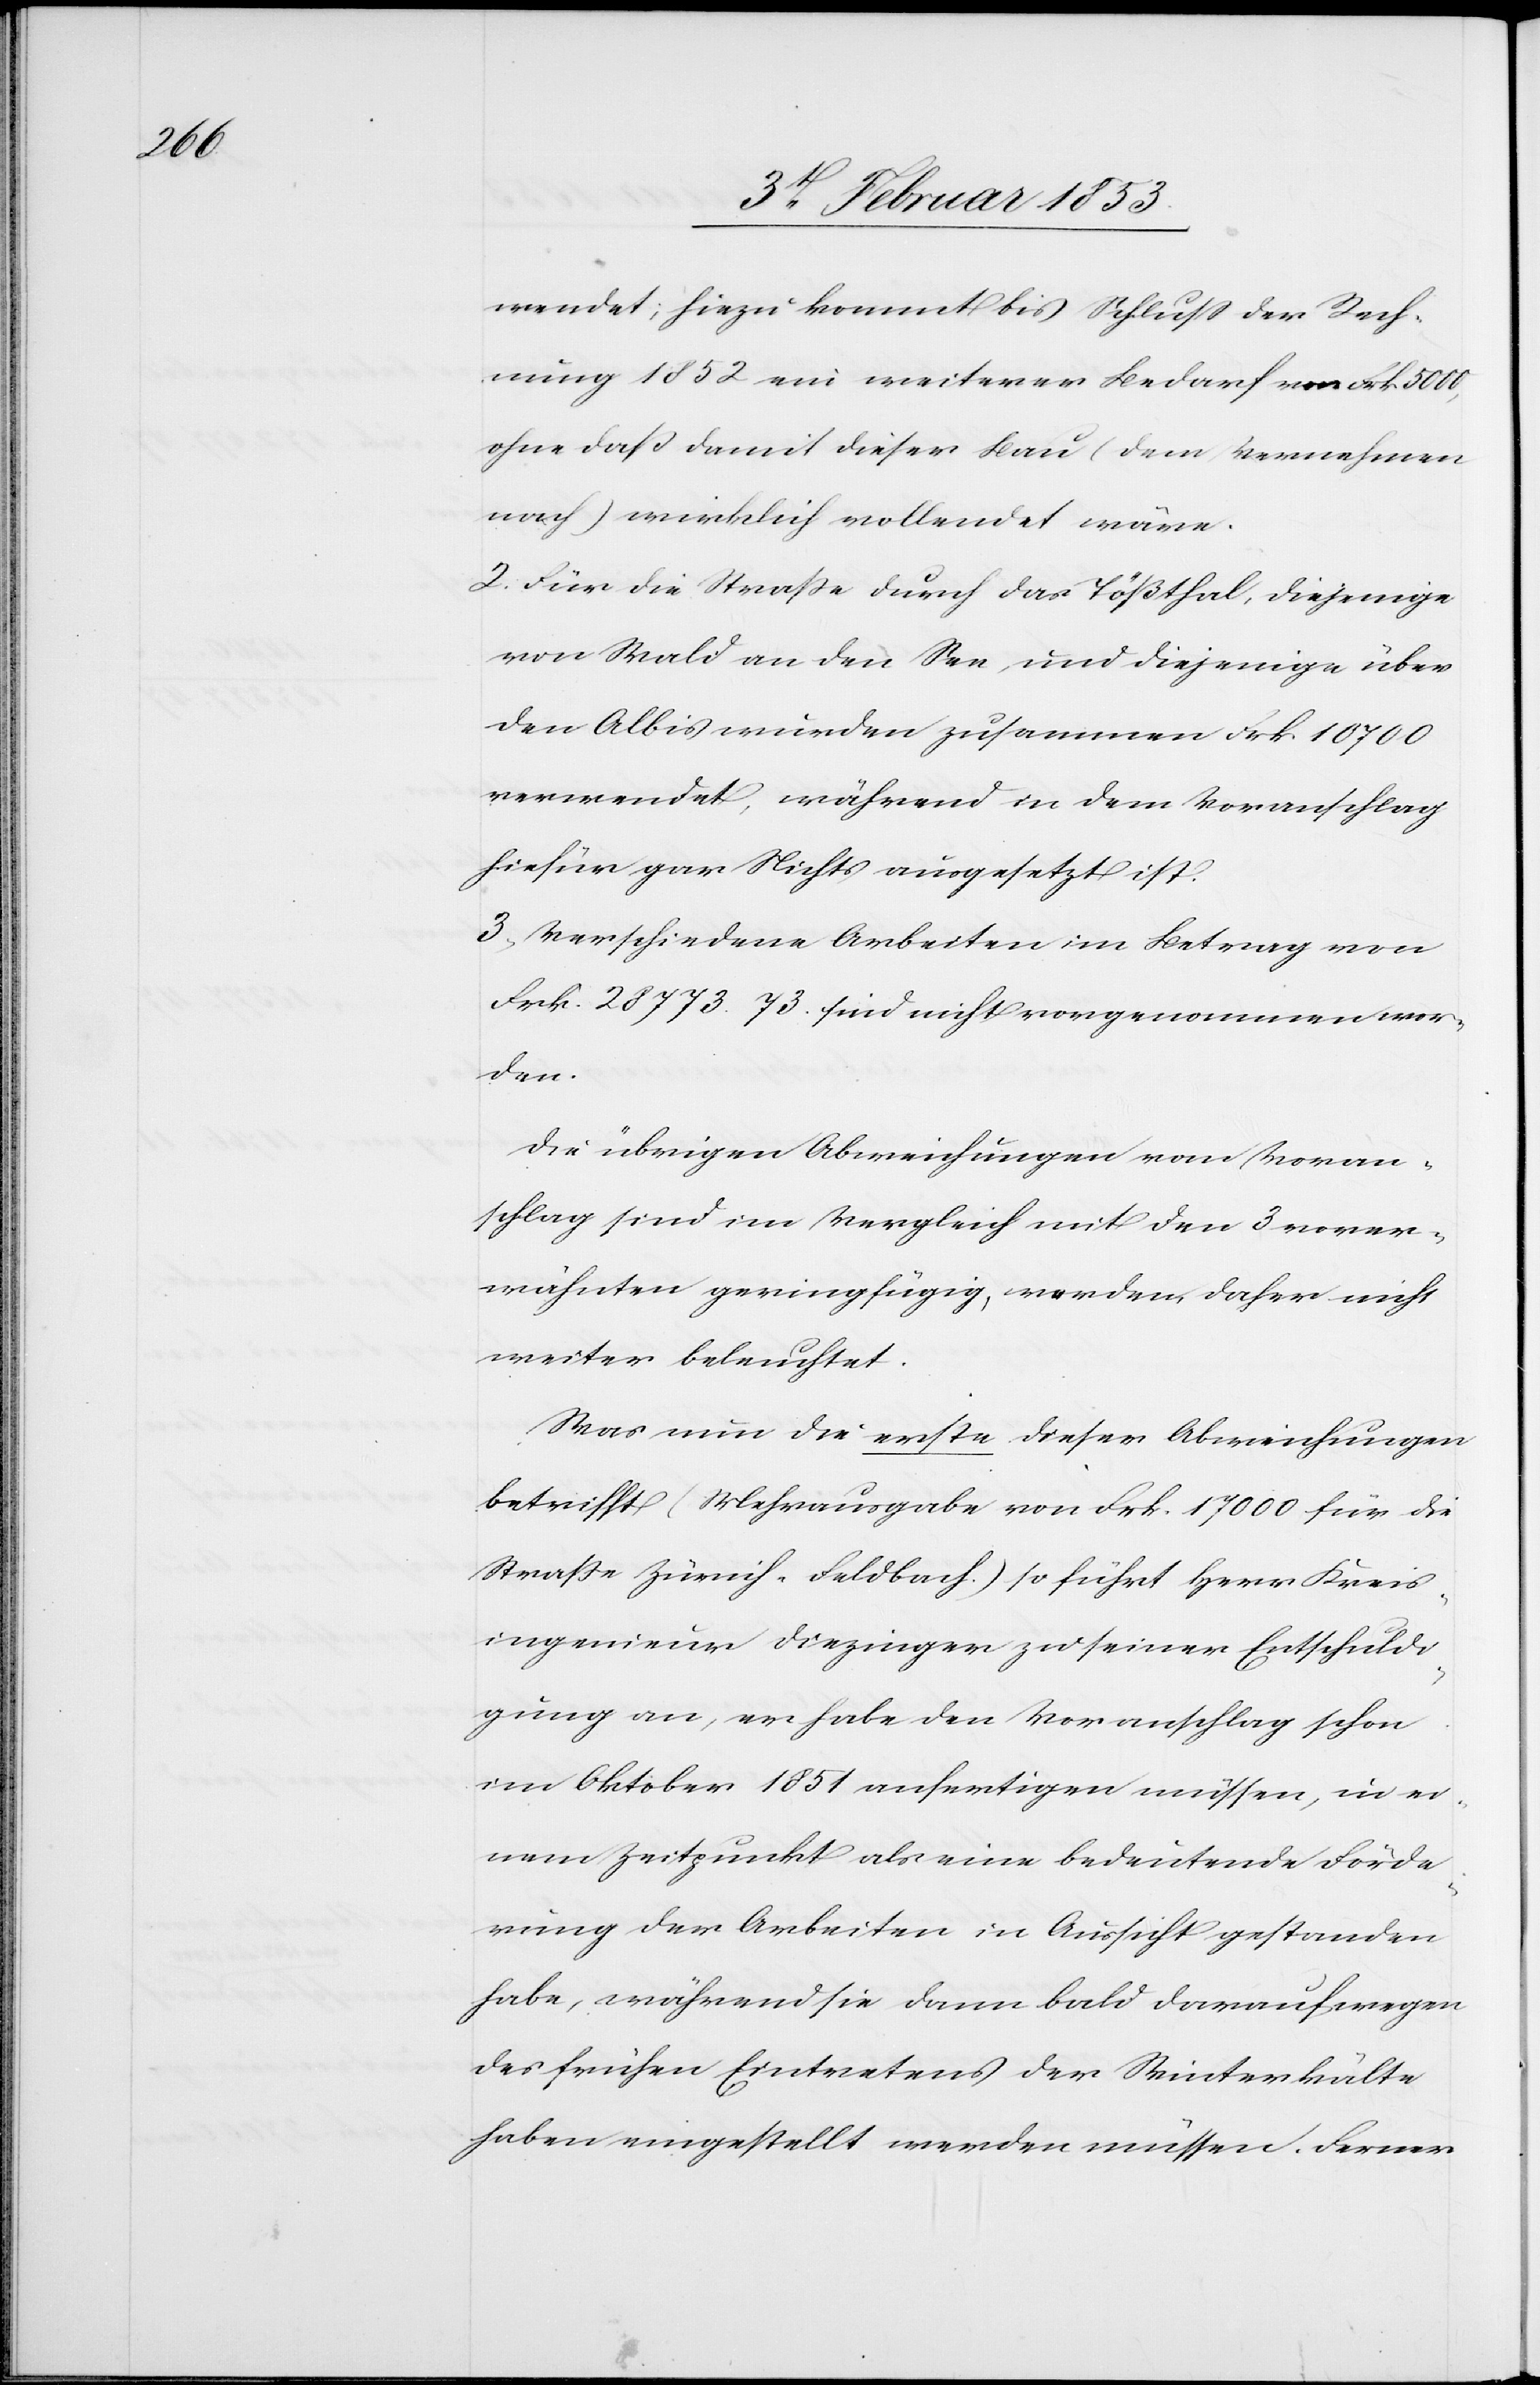
wendet; hiezu kommt bis Schluß der Rech¬
nung 1852 ein weiterer Bedarf von Frk. 5000,
ohne daß damit dieser Bau (dem Vernehmen
nach) wirklich vollendet wäre.
2) Für die Straße durch das Tößthal, diejenige
von Wald an den See, und diejenige über
den Albis wurden zusammen Frk. 10,700
verwendet, während in dem Voranschlag
hierfür gar Nichts ausgesetzt ist.
3) Verschiedene Arbeiten im Betrag von
Frk. 28,773.73. sind nicht vorgenommen wor¬
den.
Die übrigen Abrechnungen vom Voran¬
schlag sind im Vergleich mit den 3 vorer¬
wähnten geringfügig, werden daher nicht
weiter beleuchtet.
Was nun die erste dieser Abrechnungen
betrifft (Mehrausgabe von Frk. 17,000 für die
Straße Zürich(Feldbach) so führt Herr Kreis¬
ingenieur Diezinger zu seiner Entschuldi¬
gung an, er habe den Voranschlag schon
im Oktober 1851 anfertigen müssen, in ei¬
nem Zeitpunkt als eine bedeutende Förde¬
rung der Arbeiten in Aussicht gestanden
habe, während sie dann bald darauf wegen
des frühen Eintretens der Winterkälte
haben eingestellt werden müssen. Ferner